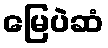
မြေပဲဆံ